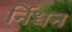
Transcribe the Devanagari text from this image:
र्निधन